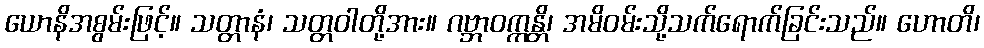
ယောနိအစွမ်းဖြင့်။ သတ္တာနံ၊ သတ္တဝါတို့အား။ ဂဗ္ဘာဝက္ကန္တိ၊ အမိဝမ်းသို့သက်ရောက်ခြင်းသည်။ ဟောတိ၊